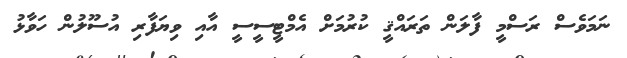
ނަމަވެސް ރަސްމީ ފާލަން ތަރައްޤީ ކުރުމަށް އެމްޓީސީސީ އާއި ވިޔަފާރި އުސޫލުން ހަވާޅު